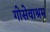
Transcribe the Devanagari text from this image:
गोसेवाश्रम